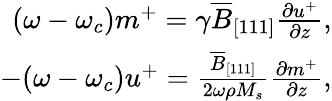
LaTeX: \begin{array}{r}{(\omega-\omega_{c})m^{+}=\gamma\overline{{B}}_{[111]}\frac{\partial u^{+}}{\partial z},}\\ {-(\omega-\omega_{c})u^{+}=\frac{\overline{{B}}_{[111]}}{2\omega\rho M_{s}}\frac{\partial m^{+}}{\partial z},}\end{array}